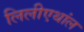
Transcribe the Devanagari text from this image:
लिलीएथांल